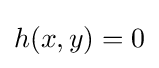
h(x,y)=0